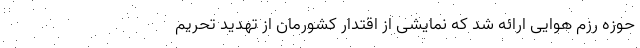
حوزه رزم هوایی ارائه شد که نمایشی از اقتدار کشورمان از تهدید تحریم